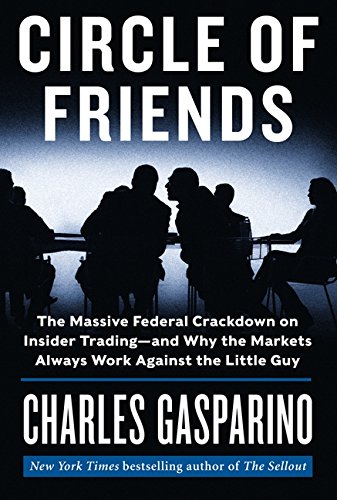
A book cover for Circle of Friends: The Massive Federal Crackdown on Insider Trading---and Why the Markets Always Work Against the Little Guy; Charles Gasparino; Biographies & Memoirs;